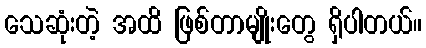
သေဆုံးတဲ့ အထိ ဖြစ်တာမျိုးတွေ ရှိပါတယ်။